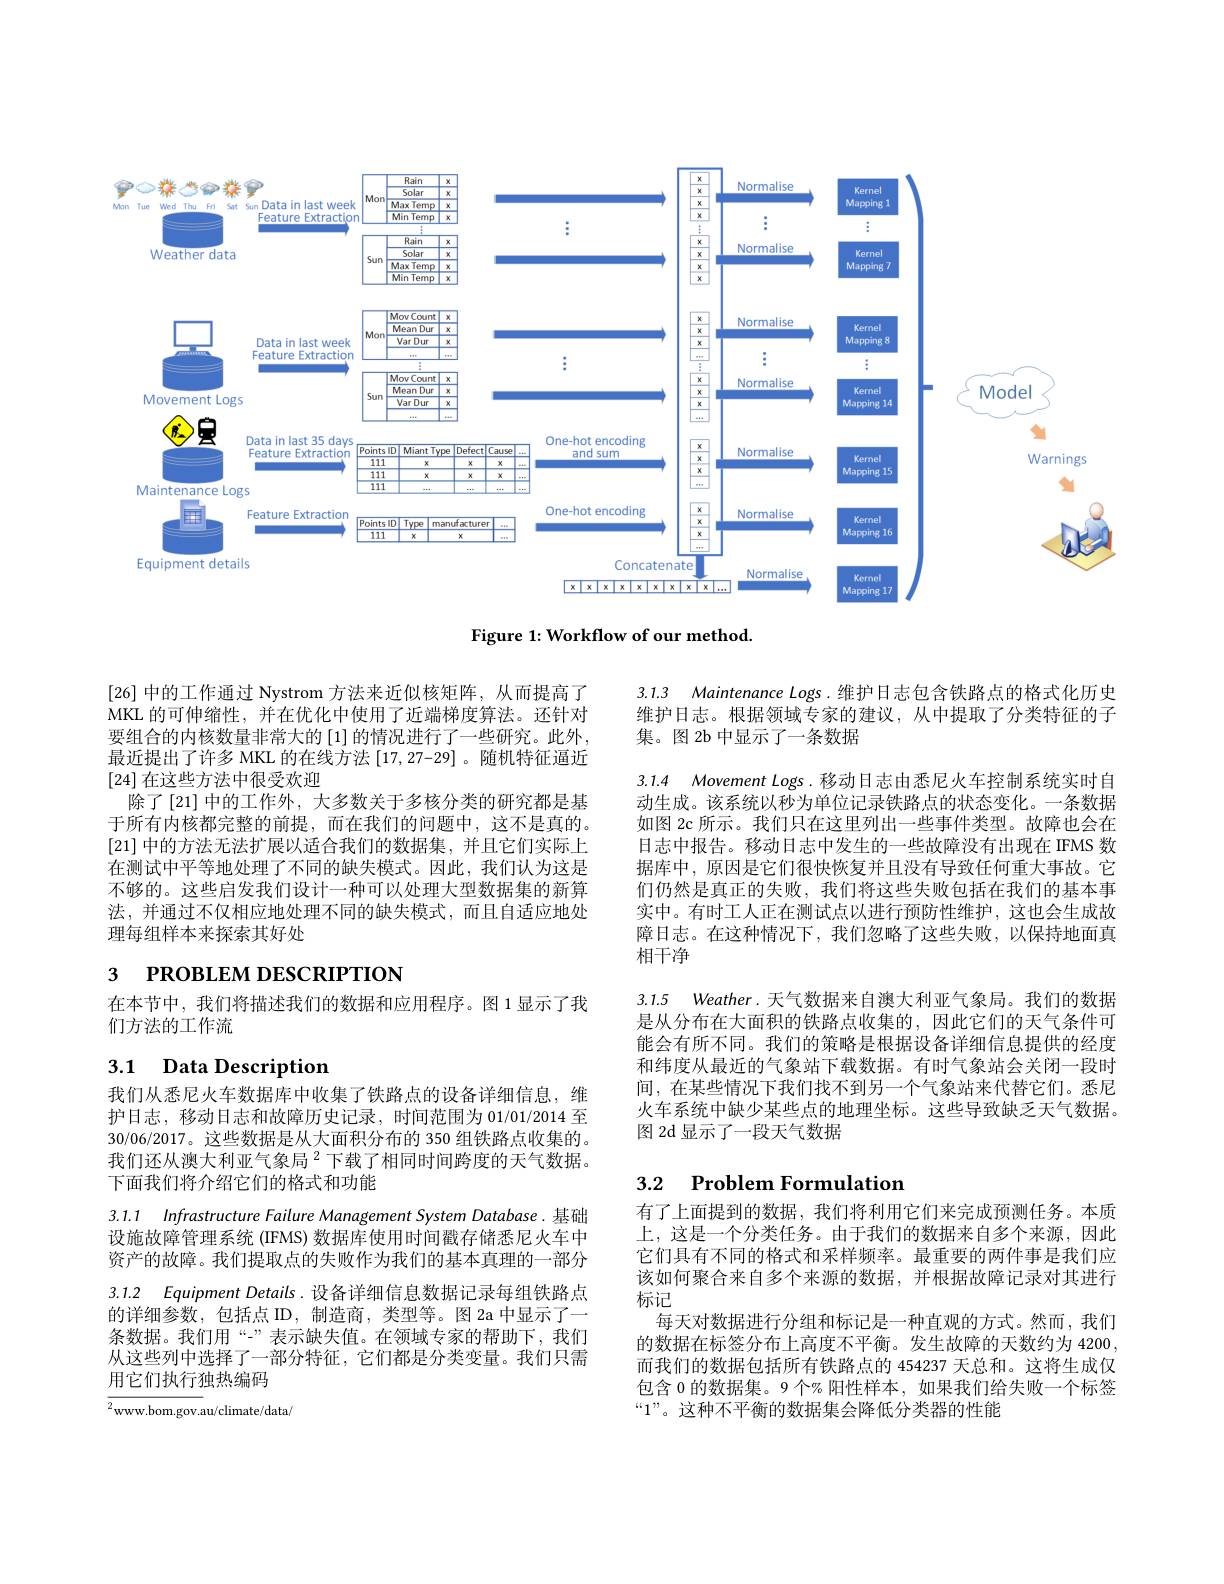
<FigureHere>

Figure 1: Workflow of our method.

3.1.3 Maintenance Logs.维护日志包含铁路点的格式化历史维护日志。根据领域专家的建议，从中提取了分类特征的子集。图 2b 中显示了一条数据

3.1.4 Movement Logs.移动日志由悉尼火车控制系统实时自

[26] 中的工作通过 Nystrom 方法来近似核矩阵，从而提高了MKL 的可伸缩性，并在优化中使用了近端梯度算法。还针对要组合的内核数量非常大的 [1] 的情况进行了一些研究。此外， 最近提出了许多 MKL 的在线方法 [17,27-29] 。随机特征逼近[24]在这些方法中很受欢迎
除了[21] 中的工作外，大多数关于多核分类的研究都是基于所有内核都完整的前提，而在我们的问题中，这不是真的。[21]中的方法无法扩展以适合我们的数据集，并且它们实际上在测试中平等地处理了不同的缺失模式。因此，我们认为这是不够的。这些启发我们设计一种可以处理大型数据集的新算法，并通过不仅相应地处理不同的缺失模式，而且自适应地处理每组样本来探索其好处

动生成。该系统以秒为单位记录铁路点的状态变化。一条数据如图 2c 所示。我们只在这里列出一些事件类型。故障也会在日志中报告。移动日志中发生的一些故障没有出现在 IFMS 数据库中，原因是它们很快恢复并且没有导致任何重大事故。它们仍然是真正的失败，我们将这些失败包括在我们的基本事实中。有时工人正在测试点以进行预防性维护，这也会生成故障日志。在这种情况下，我们忽略了这些失败，以保持地面真相干净

# 3 РROВLEM DESCRIPTION

在本节中，我们将描述我们的数据和应用程序。图 1 显示了我
们方法的工作流

# 3.1 Data Description

3.1.5 Weather.天气数据来自澳大利亚气象局。我们的数据是从分布在大面积的铁路点收集的，因此它们的天气条件可能会有所不同。我们的策略是根据设备详细信息提供的经度和纬度从最近的气象站下载数据。有时气象站会关闭一段时间，在某些情况下我们找不到另一个气象站来代替它们。悉尼火车系统中缺少某些点的地理坐标。这些导致缺乏天气数据。图 2d 显示了一段天气数据

我们从悉尼火车数据库中收集了铁路点的设备详细信息，维护日志，移动日志和故障历史记录，时间范围为 01/01/2014 至30/06/2017。这些数据是从大面积分布的 350 组铁路点收集的。我们还从澳大利亚气象局$^{2}$下载了相同时间跨度的天气数据。下面我们将介绍它们的格式和功能

# 3.2 $\textbf{Problem Formulation}$

3.1.1 Infrastructure Failure Management System Database. 基础设施故障管理系统 (IFMS) 数据库使用时间戳存储悉尼火车中资产的故障。我们提取点的失败作为我们的基本真理的一部分

3.1.2 Equipment Details. 设备详细信息数据记录每组铁路点的详细参数，包括点 ID, 制造商，类型等。图 2a 中显示了一条数据。我们用“-”表示缺失值。在领域专家的帮助下，我们从这些列中选择了一部分特征，它们都是分类变量。我们只需用它们执行独热编码

有了上面提到的数据，我们将利用它们来完成预测任务。本质上，这是一个分类任务。由于我们的数据来自多个来源，因此它们具有不同的格式和采样频率。最重要的两件事是我们应该如何聚合来自多个来源的数据，并根据故障记录对其进行标记
每天对数据进行分组和标记是一种直观的方式。然而，我们的数据在标签分布上高度不平衡。发生故障的天数约为 4200, 而我们的数据包括所有铁路点的 454237 天总和。这将生成仅包含 0 的数据集。9 个% 阳性样本，如果我们给失败一个标签“1”。这种不平衡的数据集会降低分类器的性能

${\overline{{^2}}}{\mathrm{www.bom.gov.a}}$u/climate/data/